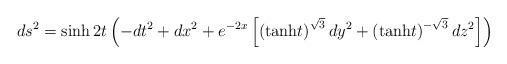
LaTeX: \begin{align*}ds^2 =\sinh 2t \left( -dt^2 +dx^2 +e^{-2x} \left[ \left( {\rm tanh} t \right)^{\sqrt{3}} dy^2 + \left( {\rm tanh} t \right)^{-\sqrt{3}} dz^2 \right] \right)\end{align*}